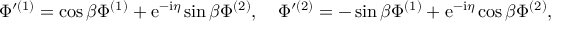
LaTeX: { \Phi } ^ { \prime ( 1 ) } = \cos \beta { \Phi } ^ { ( 1 ) } + \mathrm { { e } } ^ { - { \mathrm { i } } { \eta } } \sin \beta { \Phi } ^ { ( 2 ) } , \quad { \Phi } ^ { \prime ( 2 ) } = - \sin \beta { \Phi } ^ { ( 1 ) } + \mathrm { { e } } ^ { - { \mathrm { i } } { \eta } } \cos \beta { \Phi } ^ { ( 2 ) } ,